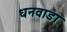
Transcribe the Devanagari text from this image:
धनवाडा